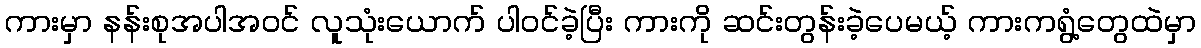
ကားမှာ နန်းစုအပါအဝင် လူသုံးယောက် ပါဝင်ခဲ့ပြီး ကားကို ဆင်းတွန်းခဲ့ပေမယ့် ကားကရွံ့တွေထဲမှာ